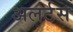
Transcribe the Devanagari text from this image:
अलर्टस